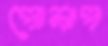
পোলাপ